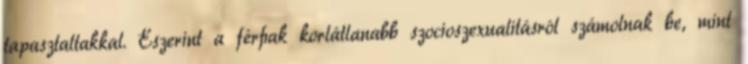
tapasztaltakkal. Eszerint a férﬁak korlátlanabb szocioszexualitásról számolnak be, mint